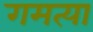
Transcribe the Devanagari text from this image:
गमत्या